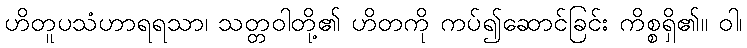
ဟိတူပသံဟာရရသာ၊ သတ္တဝါတို့၏ ဟိတကို ကပ်၍ဆောင်ခြင်း ကိစ္စရှိ၏။ ဝါ၊